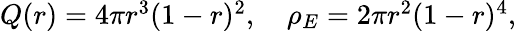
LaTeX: \begin{array}{r}{Q(r)=4\pi r^{3}(1-r)^{2},\quad\rho_{E}=2\pi r^{2}(1-r)^{4},}\end{array}